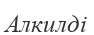
Алкилді